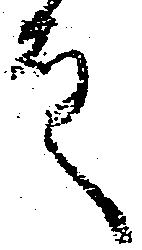
殿